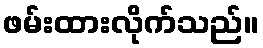
ဖမ်းထားလိုက်သည်။